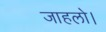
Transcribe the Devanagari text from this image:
जाहलो।